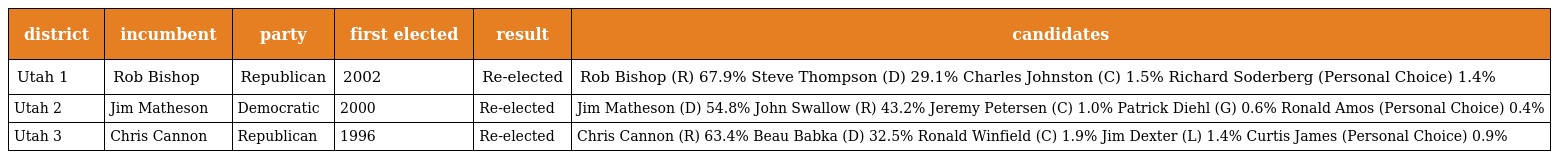
| district | incumbent | party | first elected | result | candidates |
 | --- | --- | --- | --- | --- | --- |
 | Utah 1 | Rob Bishop | Republican | 2002 | Re-elected | Rob Bishop (R) 67.9% Steve Thompson (D) 29.1% Charles Johnston (C) 1.5% Richard Soderberg (Personal Choice) 1.4% |
 | Utah 2 | Jim Matheson | Democratic | 2000 | Re-elected | Jim Matheson (D) 54.8% John Swallow (R) 43.2% Jeremy Petersen (C) 1.0% Patrick Diehl (G) 0.6% Ronald Amos (Personal Choice) 0.4% |
 | Utah 3 | Chris Cannon | Republican | 1996 | Re-elected | Chris Cannon (R) 63.4% Beau Babka (D) 32.5% Ronald Winfield (C) 1.9% Jim Dexter (L) 1.4% Curtis James (Personal Choice) 0.9% |